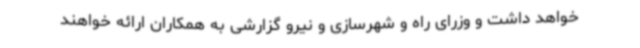
خواهد داشت و وزرای راه و شهرسازی و نیرو گزارشی به همکاران ارائه خواهند